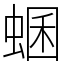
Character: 蜠